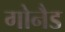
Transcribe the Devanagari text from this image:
गोनैड